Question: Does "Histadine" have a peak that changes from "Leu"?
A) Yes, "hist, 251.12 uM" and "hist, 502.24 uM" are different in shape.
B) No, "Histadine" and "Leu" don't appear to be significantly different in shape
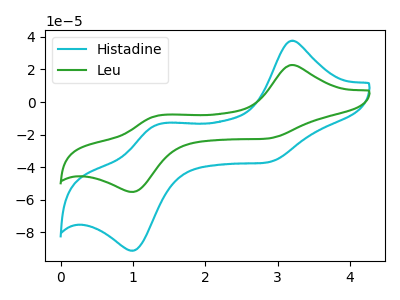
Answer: <think>The cyan curve "Histadine" has anodic peaks at (3.20V, 37.55uA) (1.35V, -13.70uA) and cathodic peaks at (2.85V, -37.15uA) (1.00V, -91.15uA). The green curve "Leu" has anodic peaks at (3.20V, 22.70uA) (1.35V, -8.30uA) and cathodic peaks at (2.85V, -22.45uA) (1.00V, -55.15uA).
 All the peaks in "Histadine" have a peak in "Leu" at the same potential.</think>
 <answer>B) No, "Histadine" and "Leu" don't appear to be significantly different in shape</answer>
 <eval>B</eval>